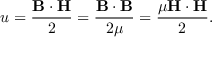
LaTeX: u = { \frac { \mathbf { B } \cdot \mathbf { H } } { 2 } } = { \frac { \mathbf { B } \cdot \mathbf { B } } { 2 \mu } } = { \frac { \mu \mathbf { H } \cdot \mathbf { H } } { 2 } } .